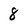
Character: 8